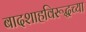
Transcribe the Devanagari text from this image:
बादशाहविरूद्धच्या